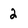
Character: 2